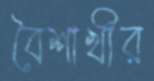
বৈশাখীর